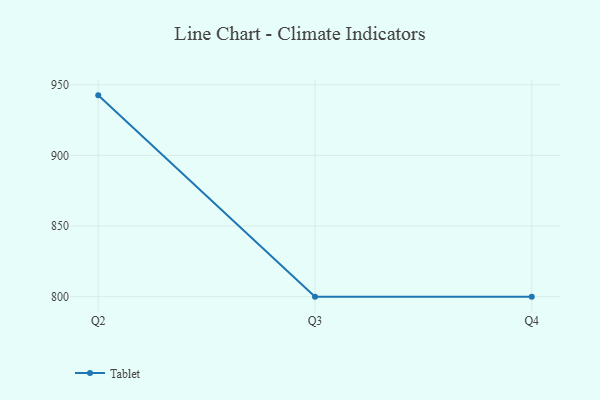
{"axis": {"x": "Quarter", "y": "Satisfaction Score"}, "legend": ["Tablet"], "data": [{"x": "Q2", "y": 942.5, "type": "Tablet"}, {"x": "Q3", "y": 800, "type": "Tablet"}, {"x": "Q4", "y": 800, "type": "Tablet"}]}